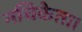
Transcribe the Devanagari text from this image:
नचिकेता।